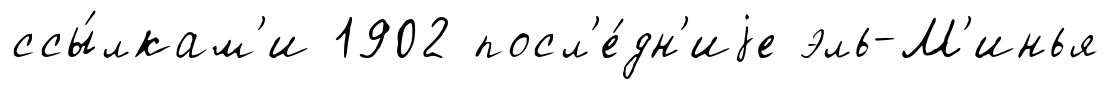
ссы́лкам'и 1902 посл'е́дн'иjе эль-М'инья